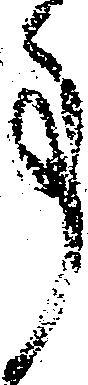
事